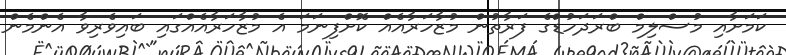
ކަމަށާއި މުސްލިމް ބްރަދަހުޑްގެ ފަރާތުން މުޒާހަރާއެއް ކޮށްފިނަމަ އެ މުޒާހަރާއެއްގައި ބައިވެރިވާ އެންމެން